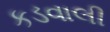
કડવાલી